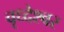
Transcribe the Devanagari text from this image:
वृध्देश्वर